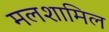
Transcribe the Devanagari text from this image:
मलशामिल